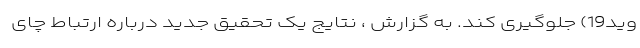
وید19) جلوگیری کند. به گزارش ، نتایج یک تحقیق جدید درباره ارتباط چای